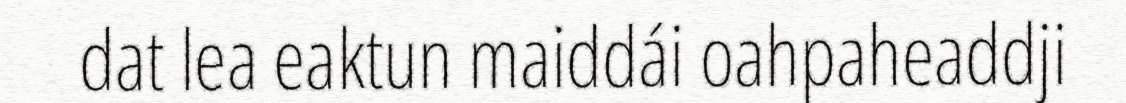
dat lea eaktun maiddái oahpaheaddji